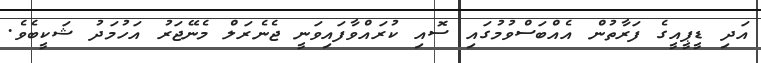
އަދި ޑީޕީއީގެ ފަރާތުން އެއްބަސްވުމުގައި ސޮއި ކުރައްވާފައިވަނީ ޖެނެރަލް މެނޭޖަރު އަހުމަދު ޝަކީބެވެ.